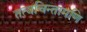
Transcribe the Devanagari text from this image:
तत्वचिन्तामणि